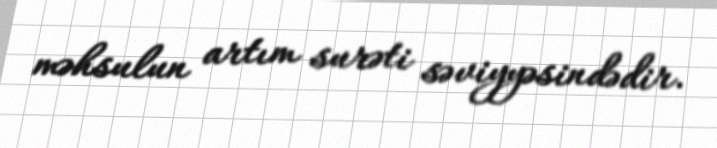
məhsulun artım surəti səviyyəsindədir.